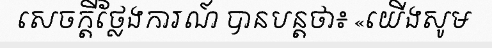
សេចក្តីថ្លែងការណ៍ បានបន្តថា៖ «យើងសូម